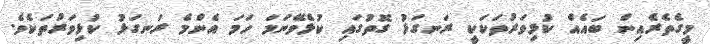
މީގެތެރެއިން ބައެއް ކުޅިވަރުތަކަކީ ރަނގަޅު ގޮތުގައި ކުޅެވޭނަމަ ހަމަ އެންމެ ރަނގަޅު ކުޅިވަރުތަކެވެ.